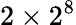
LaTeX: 2\times 2^{8}